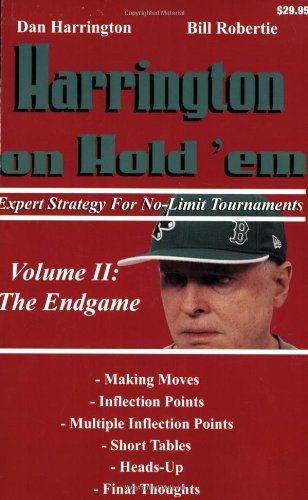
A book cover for Harrington on Hold 'em Expert Strategy for No Limit Tournaments, Vol. 2: Endgame; Dan Harrington; Humor & Entertainment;